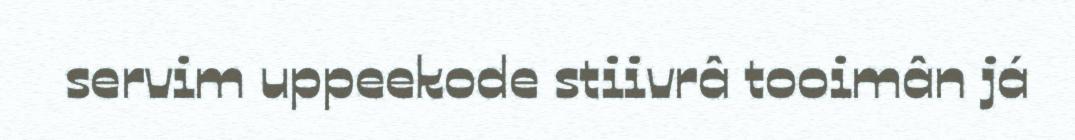
servim uppeekode stiivrâ tooimân já